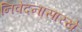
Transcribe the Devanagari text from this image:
निवेदनासारखे